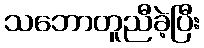
သဘောတူညီခဲ့ပြီး